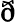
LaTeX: \eth